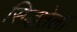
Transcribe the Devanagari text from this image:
सिद्धतेला